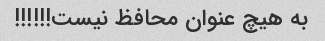
به هیچ عنوان محافظ نیست!!!!!!